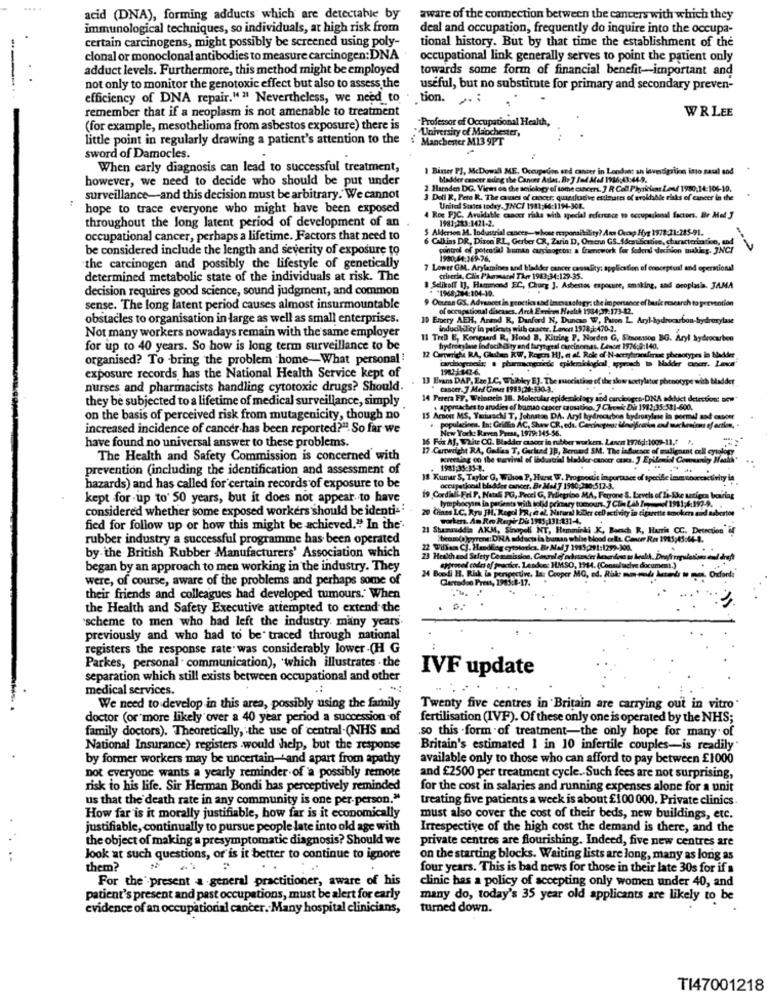
....
acid (DNA), forming adducts which are detectable by
aware of the connection between the cancers with which they
immunological techniques, so individuals, at high risk from
deal and occupation, frequently do inquire into the occupa-
certain carcinogens, might possibly be screened using poly-
tional history. But by that time the establishment of the
clonal or monoclonal antibodies to measure carcinogen:DNA
occupational link generally serves to point the patient only
adduct levels. Furthermore, this method might be employed
towards some form of financial benefit-important and
not only to monitor the genotoxic effect but also to assess the
useful, but no substitute for primary and secondary preven-
efficiency of DNA repair." " Nevertheless, we need to
.tion.
remember that if a neoplasm is not amenable to treatment
WRLEE
-Professor of Occupational Health,
(for example, mesothelioma from asbestos exposure) there is
University of Manchester,
little point in regularly drawing a patient's attention to the
Manchester M13 9PT
sword of Damocles.
When carly diagnosis can lead to successful treatment,
1 Biner PJ, McDowell ME, Occupedon and cancer in Londont an investigation into nasal and
however, we need to decide who should be put under
Madder cancer meg the Cancer Atlas. Br J Jad Mad 1916:43:44-9.
2 Harnden DG. Views on the seriology of some concert. ] R Call Physicians Load 1930,14:106-10.
surveillance-and this decision must be arbitrary. We cannot
3 Dell R. Feto R. The causes of aactr; quadludve estimates of srokhable risks of cancer in the
hope to trace everyone who might have been exposed
United States today. JNCI 1981;46:1194-308.
1981:383:1421-2.
dable cancer risks with special reference to occupesional factors. Br Met J
throughout the long latent period of development of an
$ Alderson M. Industrial casees-whose responsibility? Ans Cccp Hyg 1978:21:245-91.
occupational cancer, perhaps a lifetime. Factors that need to
6 Calkins DR, Dixon'RL, Gerber CR, Zaria D, Omenn GS_Adesulfcutise, characterintion, and
be considered include the length and severity of exposure to
control of potential human cuginogets: a Enenework for federal decision making. JNCI
--
1980:54:369-76.
the carcinogen and possibly the lifestyle of genetically
7 Lower GM. Arylamines and bladder cancer causality: application of conceptual and operational
determined metabolic state of the individuals at risk. The
criteria, Clin Pharmacel Thor 1983:34:129-35.
decision requires good science, sound judgment, and common
I Selikoff 1], Hammond EC, Churg J. Asbestos exposure, amaking, and neoplasia. JAMA
. "1968:304:104-10.
Ouena GS. Advances in geocties sad Imevasology: the importance of basic research to pervention
sense. The long latent period causes almost insurmountable
of occupational diseases. Arch Environ Health 1934:39:173-42.
obstacles to organisation in large as well as small enterprises.
19 Erery AEH, Arand R, Danford N, Duncan W, Parce L. Aryl-hydrocarbon-hydroxylase
inducibiliky in patients with caseer. Lanon 1978;1:470.2.
Not many workers nowadays remain with the same employer
11 TreD E, Korsgaard R, Hood B, Kitzing P. Norden G, Simsonssos BG. Aryl hydrocarbon
for up to 40 years. So how is long term surveillance to be
hrydremylene lindocihosty and laryngeal carcinomas. Lesort 1976:9:140.
organised? To bring the problem home-What personal !
12 Camere& RA, Globen RW, Regen HJ, « al. Rok of N-acetylnosferc phesotypes in bladder
exposure records has the National Health Service kept of
13 Evans DAP, Exe LC, Whibley EJ. The suociation of the slow sortylator phenotype with bladder
nurses and pharmacists handling cytotoxic drugs? Should.
" cancer. 7 Med Grus 1983:28:330-3.
they be subjected to a lifetime of medical surveillance, simply
14 Perera FF, Weinmein 18. Molecular epidemiology and carcicoges-DNA adduct detection: Bow
. approaches to arodies of bramao cancer causatino. 7 Chemi Dis 1982:35:581-600.
on the basis of perceived risk from mutagenicity, though no
populacices. In: Griffa AC, Shaw CR, eds. Carcinogens, ilnejfraim ond machentons of action. .
MS. Yurlssch T. Johnatse DA. Aryl hydrocarbon hydroxylase in normal and cancer
increased incidence of cancer has been reported?". So far we
New York: Reven Press, 1979:145-56.
16 Fix Af, White CO. Bladder caseer in rubber workers, Lenen 1976di:1009-11.1 ".
have found no universal answer to these problems.
17 Cartwright RA, Gadas T, Garkad ]B, Bernard SM. The inducace of malignant cel cytology
The Health and Safety Commission is concerned with
gretalag on the warvivel of lodastridl Hadder-cancer cus. J Epile
prevention (including the identification and assessment of
1981:35:35-8.
18 Kumar S, Taylor G. Wilson P, Hurst W. Prognostit inportasee of specifie imes shortactivity in
hazards) and has called for certain records of exposure to be
occupational bladder cancer. Br Med 7 1930,330:512-3.
kept for -up to' 50 years, but it does not appear to have
19 Cordiali Fel P. Natal PG, Pecci G, Pellegrino MA, Ferrone S. Levels of la-Ske seriera boring
lymphocytes in patients with told primary tumours. ] Con LAS -(1981;4:197-9 ..
era boring
considered whether some exposed workers should be identi-
mphocytes in perjanta
fied for follow up or how this might be achieved." In the'.
21 Shamauddin AKM, Sinopoli NT, Hemminki K, Boesch R, Harris CC. Detection af
Ti CC.
rubber industry a successful programme has been operated
"bem(a )pyrens: DHA adducts is buran white blood cells. Cancer Res 1915:45:44-3.
by the British Rubber Manufacturers' Association which
22 Willen CJ. Handing cytotorics. Br Mad J 1985:291:1299-300.
began by an approach to men working in the industry. They
chargeof code of practice. Lesdoes IMSO, 1944. (Conmluadive document.)
were, of course, aware of the problems and perhaps some of
24 Boell H. Risk la pengective. In: Cooper MG, ed. Riske
Clartodoo Prest, 1983.8-17.
their friends and colleagues had developed tumours. When
.
the Health and Safety Executive attempted to extend the
scheme to men who had left the industry. many years.
previously and who had to be traced through national
registers the response rate was considerably lower .(H G
Parkes, personal . communication), 'which illustrates - the
IVF update
separation which still exists between occupational and other
medical services.
.:
We need to develop in this area, possibly using the family
Twenty five centres in Britain are carrying out in vitro
doctor (or more likely over a 40 year period a succession -of
fertilisation (IVF). Of these only one is operated by the NHS;
family doctors). Theoretically, the use of central (NHS and
so this -form of treatment-the only hope for many of
National Insurance) registers .would help, but the response
Britain's estimated 1 in 10 infertile couples-is readily*
by former workers may be uncertain-'and apart from apathy
available only to those who can afford to pay between £1000
not everyone wants a yearly reminder of a possibly remote
and £2500 per treatment cycle. Such fees are not surprising,
risk to his life. Sir Herman Bondi has perceptively reminded
for the cost in salaries and running expenses alone for a unit
us that the death rate in any community is one per person."
treating five patients a week is about £100 000. Private clinics.
How far is it morally justifiable, how far is it economically
must also cover the cost of their beds, new buildings, etc.
justifiable, continually to pursue people late into old age with
Irrespective of the high cost the demand is there, and the
the object of making a presymptomatic diagnosis? Should we
private centres are flourishing. Indeed, five new centres are
..
Jook at such questions, or is it better to continue to ignore
on the starting blocks. Waiting lists are long, many as long as
them?
four years. This is bad news for those in their late 30s for if a
For the present a general practitioner, aware of his
clinic has a policy of accepting only women under 40, and
patient's present and past occupations, must be alert for early
many do, today's 35 year old applicants are likely to be
evidence of an occupational cancer. Many hospital clinicians,
turned down.
TI47001218